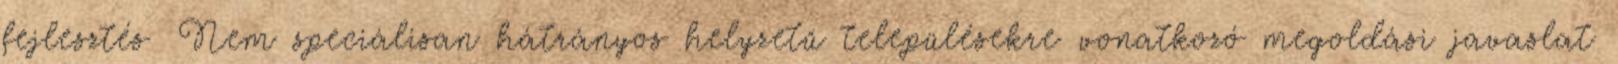
fejlesztés ▪Nem speciálisan hátrányos helyzetű településekre vonatkozó megoldási javaslat